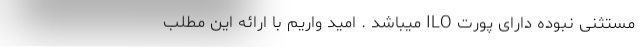
مستثنی نبوده دارای پورت ILO میباشد . امید واریم با ارائه این مطلب